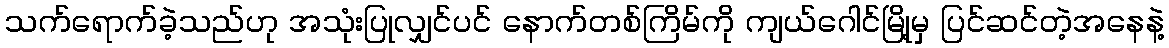
သက်ရောက်ခဲ့သည်ဟု အသုံးပြုလျှင်ပင် နောက်တစ်ကြိမ်ကို ကျယ်ဂေါင်မြို့မှ ပြင်ဆင်တဲ့အနေနဲ့